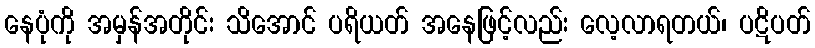
နေပုံကို အမှန်အတိုင်း သိအောင် ပရိယတ် အနေဖြင့်လည်း လေ့လာရတယ်၊ ပဋိပတ်